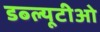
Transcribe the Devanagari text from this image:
डब्‍ल्‍यूटीओ